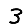
Digit: 3